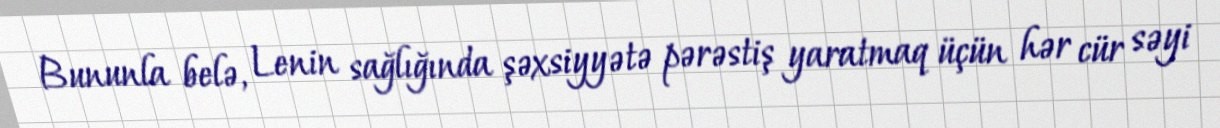
Bununla belə, Lenin sağlığında şəxsiyyətə pərəstiş yaratmaq üçün hər cür səyi